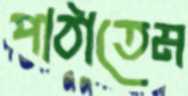
পাঠাতেম